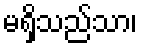
မရှိသည်သာ၊